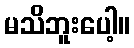
မသိဘူးပေါ့။